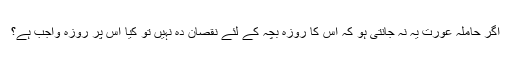
اگر حاملہ عورت یہ نہ جانتی ہو کہ اس کا روزہ بچہ کے لئے نقصان دہ نہیں تو کیا اس پر روزہ واجب ہے؟